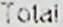
TOTAL